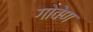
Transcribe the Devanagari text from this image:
गोवेण